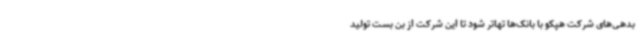
بدهی‌های شرکت هپکو با بانک‌ها تهاتر شود تا این شرکت از بن بست تولید